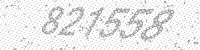
Solution: 821558